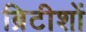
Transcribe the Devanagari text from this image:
ब्रिटीशों